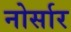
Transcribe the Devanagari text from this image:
नोर्सार